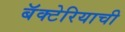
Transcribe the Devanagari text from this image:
बॅक्टेरियाची